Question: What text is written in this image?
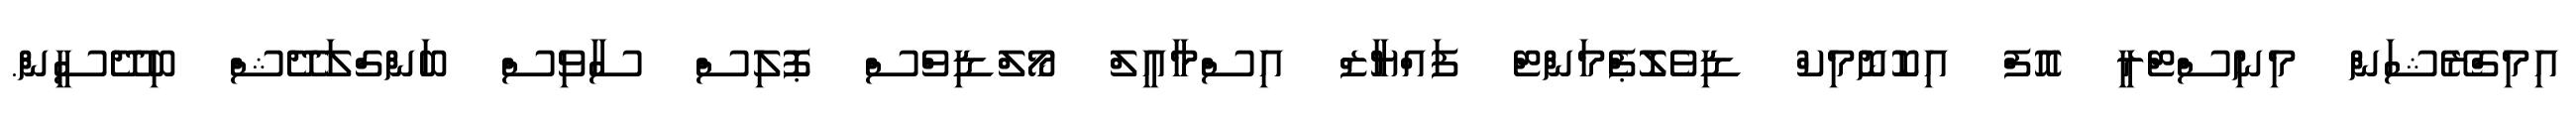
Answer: އިމިގްރޭޝަން މިނިސްޓްރީ އޮފް އިކޮނޮމިކް ޑިވެލޮޕްެމަންޓް ފައްޔާޒް އިސްމާއީލް މޯލްޑިވްސް ޕޮލިސް ސާވިސް ބަންގްލަދޭޝް ބިދޭސީން.